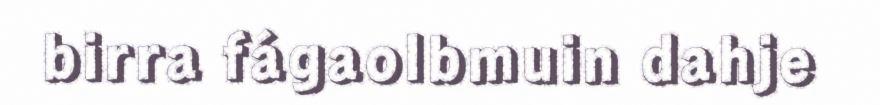
birra fágaolbmuin dahje